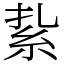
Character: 紥